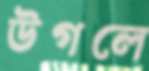
উগলে